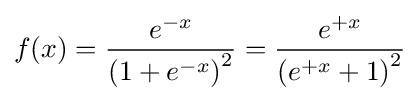
f(x)={\frac {e^{-x}}{\left(1+e^{-x}\right)^{2}}}={\frac {e^{+x}}{\left(e^{+x}+1\right)^{2}}}